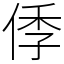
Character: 㑧